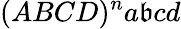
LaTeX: (ABCD)^{n}a\mathfrak{b}cd